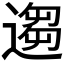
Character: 𫐻